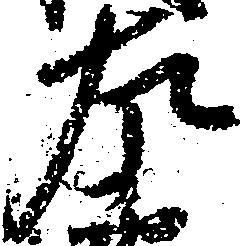
左